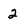
Character: 2